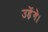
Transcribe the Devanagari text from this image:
उड़ेंगे।